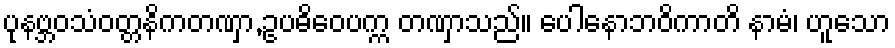
ပုနဗ္ဘဝသံဝတ္တနိကတဏှာ,ဥပဓိဝေပက္က တဏှာသည်။ ပေါနောဘဝိကာတိ နာမံ၊ ဟူသော